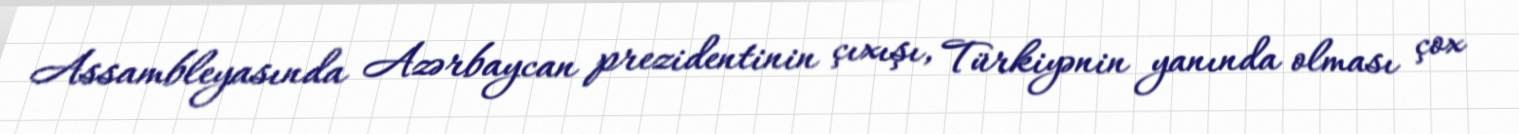
Assambleyasında Azərbaycan prezidentinin çıxışı, Türkiyənin yanında olması çox